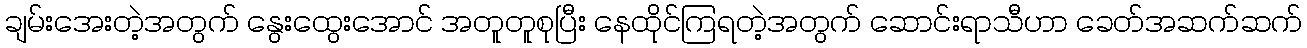
ချမ်းအေးတဲ့အတွက် နွေးထွေးအောင် အတူတူစုပြီး နေထိုင်ကြရတဲ့အတွက် ဆောင်းရာသီဟာ ခေတ်အဆက်ဆက်